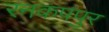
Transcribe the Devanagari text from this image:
रनकपपुर